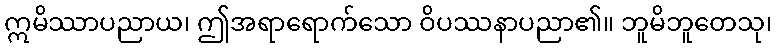
ဣမိဿာပညာယ၊ ဤအရာရောက်သော ဝိပဿနာပညာ၏။ ဘူမိဘူတေသု၊